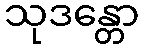
သုဒန္တော